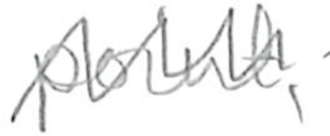
Text: point,
Cross-out: zig-zag
Writing tool: pencil